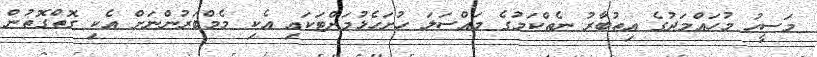
މަސީހު މުހައްމަދުގެ އިތުބާރު ނެތްކަމުގެ މައްސަލަ ހުށަހެޅުމަށްޓަކައި އެކި މެމްބަރުންނަށް އެކި ގޮތްގޮތުން